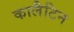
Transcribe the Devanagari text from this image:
कालैटिन